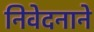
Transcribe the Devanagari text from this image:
निवेदनाने